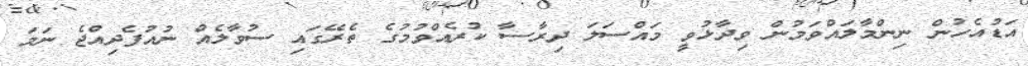
އަޑުއެހުން ނިންމާލައްވަމުން ވިދާޅުވީ މައްސަލަ ދިރާސާ ކުރެއްވުމުގެ ތެރޭގައި ސުވާލެއް ނުއުފެދިއްޖެ ނަމަ